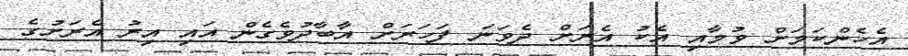
އެހެންކަމަށް ވުމާއި އެކު އެރަށް ދެވަނަ ފަހަރަށް އާބާދުވެގެން އައި އިރު އެރަށުގެ